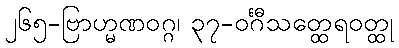
၂၆၅-ဗြာဟ္မဏဝဂ္ဂ၊ ၃၇-ဝင်္ဂီသတ္ထေရဝတ္ထု